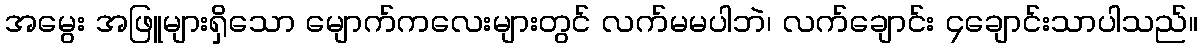
အမွေး အဖြူများရှိသော မျောက်ကလေးများတွင် လက်မမပါဘဲ၊ လက်ချောင်း ၄ချောင်းသာပါသည်။